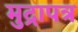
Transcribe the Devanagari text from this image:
मुद्रापत्र